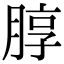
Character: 朜